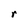
Character: r